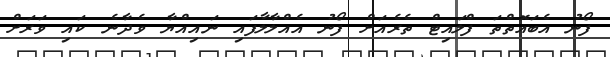
ފޯނު އެބައޮތްތަ ފްލައިޓް ތެރެއަށް ފޯނު އެއްލާލާފައި ނައިއްޔާ ވެދާނެ ކައި ވަރަށް